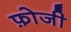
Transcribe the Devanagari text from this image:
फ़ोजी